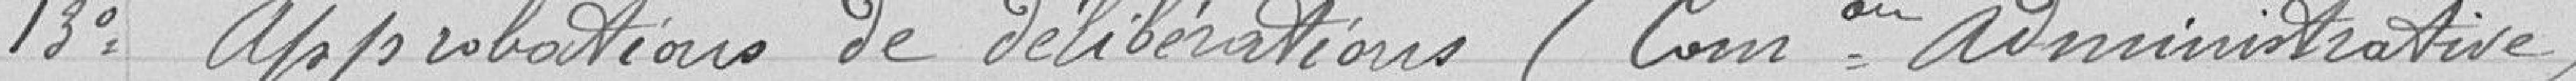
13° Approbations de délibérations (Commission administrative)